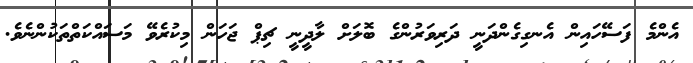
އެންމެ ފަސޭހައިން އެނގިގެންދަނީ ދަރިވަރުންގެ ބޮލަށް ލާދީނީ ޗިޕް ޖަހަން މިކުރެވޭ މަސައްކަތްތަކުންނެވެ.